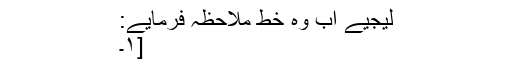
لیجیے اب وہ خط ملاحظہ فرمایے:
[۱۔